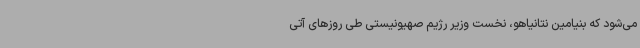
می‌شود که بنیامین نتانیاهو، نخست وزیر رژیم صهیونیستی طی روزهای آتی